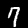
Label: 7